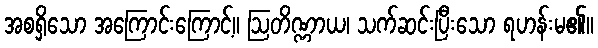
အစရှိသော အကြောင်းကြောင့်။ ဩတိဏ္ဏာယ၊ သက်ဆင်းပြီးသော ရဟန်းမ၏။